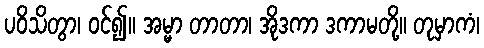
ပဝိသိတွာ၊ ဝင်၍။ အမ္မာ တာတာ၊ အိုဒကာ ဒကာမတို့။ တုမှာကံ၊